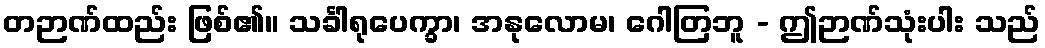
တဉာဏ်ထည်း ဖြစ်၏။ သင်္ခါရုပေက္ခာ၊ အနုလောမ၊ ဂေါတြဘူ - ဤဉာဏ်သုံးပါး သည်